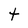
Character: t